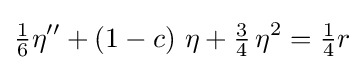
{\tfrac {1}{6}}\eta ''+\left(1-c\right)\,\eta +{\tfrac {3}{4}}\,\eta ^{2}={\tfrac {1}{4}}r